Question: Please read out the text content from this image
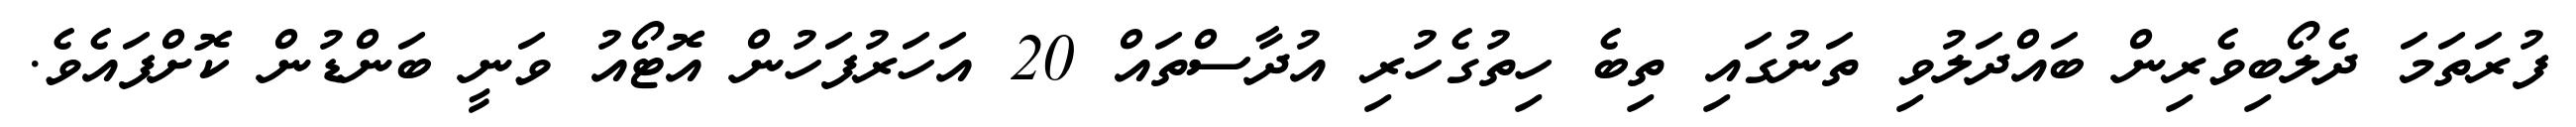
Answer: ފުރަތަމަ ދެލޯބިވެރިން ބައްދަލުވި ތަނުގައި ތިބެ ހިތުގެހުރި އުދާސްތައް 20 އަހަރުފަހުން އޮޓޯއު ވަނީ ބަންޑުން ކޮށްފައެވެ.